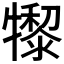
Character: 𤛺